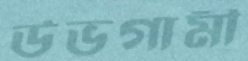
উভগামী